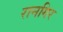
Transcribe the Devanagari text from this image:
रानगिर